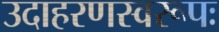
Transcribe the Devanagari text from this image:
उदाहरणस्वरूपः